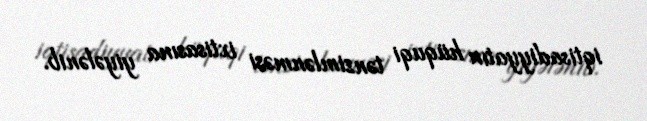
iqtisadiyyatın hüquqi tənzimlənməsi ixtisasına yiyələnib.